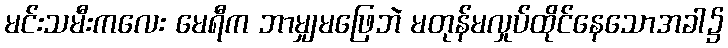
မင်းသမီးကလေး မေရီက ဘာမျှမဖြေဘဲ မတုန်မလှုပ်ထိုင်နေသောအခါ၌